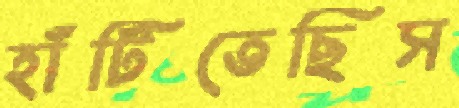
হাঁটিতেছিস